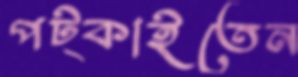
পট্‌কাইতেন